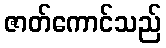
ဇာတ်ကောင်သည်